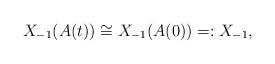
LaTeX: \begin{align*}X_{-1}(A(t))\cong X_{-1}(A(0))=:X_{-1},\end{align*}